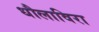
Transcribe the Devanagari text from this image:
धौलाविरा